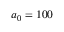
a _ { 0 } = 1 0 0